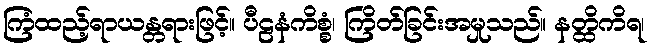
ကြံထည့်ရာယန္တရားဖြင့်။ ပီဠနံကိစ္စံ၊ ကြိတ်ခြင်းအမှုသည်။ နတ္ထိကိရ၊